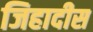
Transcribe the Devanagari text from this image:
जिहादीस